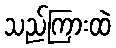
သည်ကြားထဲ